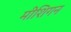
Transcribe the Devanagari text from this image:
मीशिगन